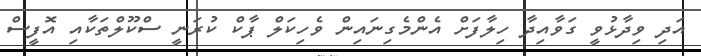
އަދި ވިދާޅުވީ ގަވާއިދާ ހިލާފަށް އެންމެގިނައިން ވެހިކަލް ޕާކް ކުރަނީ ސްކޫލްތަކާއި އޮފީސް